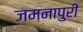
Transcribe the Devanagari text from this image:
जमनापुरी